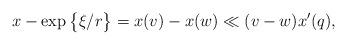
LaTeX: \begin{align*}x-\exp\big\{\xi/r\big\}=x(v)-x(w)\ll (v-w) x'(q),\end{align*}